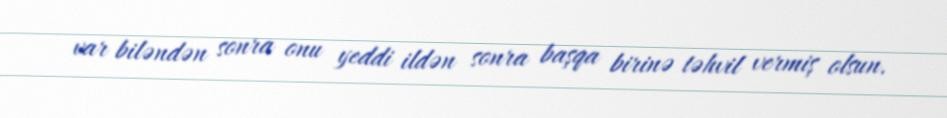
var biləndən sonra onu yeddi ildən sonra başqa birinə təhvil vermiş olsun.